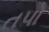
તપો